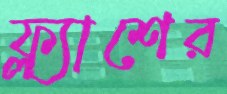
ফ্ল্যাশের